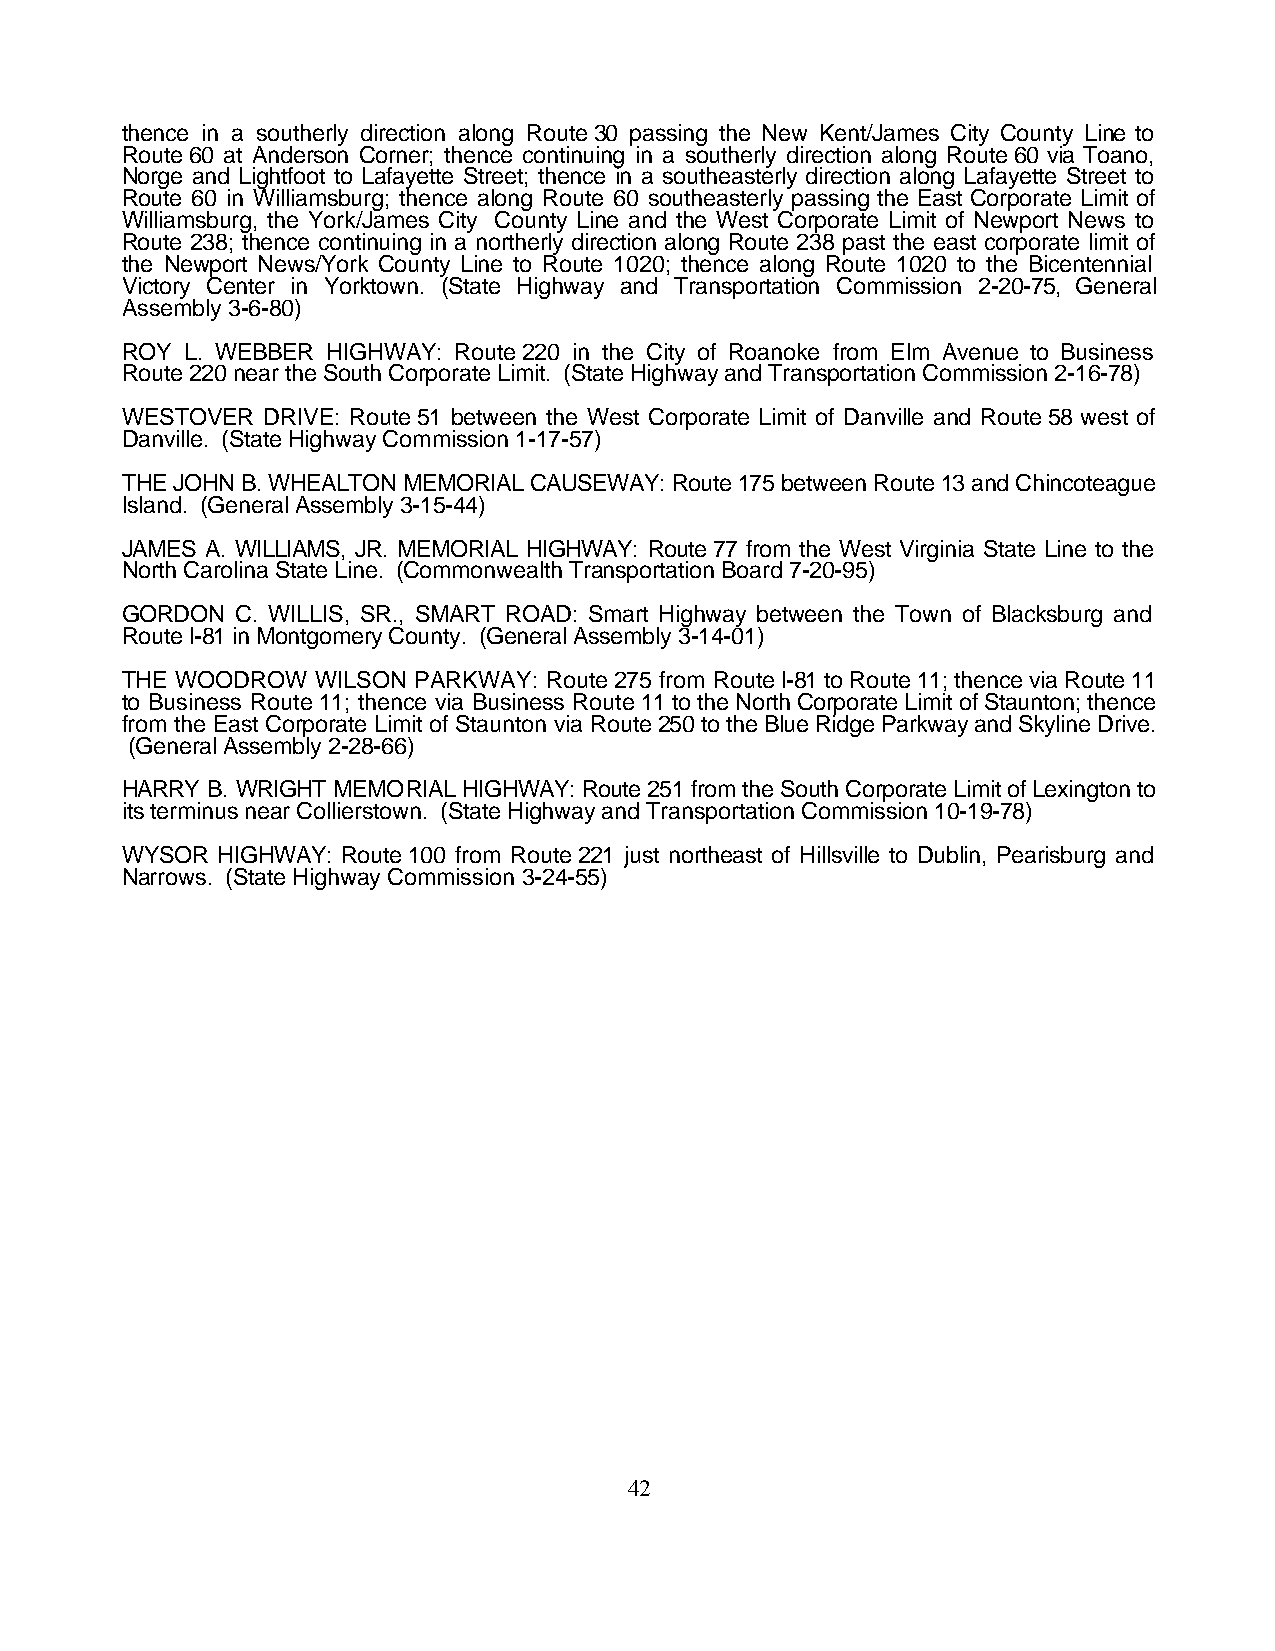
thence in a southerly direction along Route 30 passing the New Kent/James City County Line to
 Route 60 at Anderson Corner; thence continuing in a southerly direction along Route 60 via Toano,
 Norge and Lightfoot to Lafayette Street; thence in a southeasterly direction along Lafayette Street to
 Route 60 in Williamsburg; thence along Route 60 southeasterly passing the East Corporate Limit of
 Williamsburg, the York/James City County Line and the West Corporate Limit of Newport News to
 Route 238; thence continuing in a northerly direction along Route 238 past the east corporate limit of
 the Newport News/York County Line to Route 1020; thence along Route 1020 to the Bicentennial
 Victory Center in Yorktown. (State Highway and Transportation Commission 2-20-75, General
 Assembly 3-6-80)
 ROY L. WEBBER HIGHWAY: Route 220 in the City of Roanoke from Elm Avenue to Business
 Route 220 near the South Corporate Limit. (State Highway and Transportation Commission 2-16-78)
 WESTOVER DRIVE: Route 51 between the West Corporate Limit of Danville and Route 58 west of
 Danville. (State Highway Commission 1-17-57)
 THE JOHN B. WHEALTON MEMORIAL CAUSEWAY: Route 175 between Route 13 and Chincoteague
 Island. (General Assembly 3-15-44)
 JAMES A. WILLIAMS, JR. MEMORIAL HIGHWAY: Route 77 from the West Virginia State Line to the
 North Carolina State Line. (Commonwealth Transportation Board 7-20-95)
 GORDON  C. WILLIS, SR., SMART ROAD: Smart Highway between the Town of Blacksburg and
 Route I-81 in Montgomery County. (General Assembly 3-14-01)
 THE WOODROW  WILSON PARKWAY: Route 275 from Route I-81 to Route 11; thence via Route 11
 to Business Route 11; thence via Business Route 11 to the North Corporate Limit of Staunton; thence
 from the East Corporate Limit of Staunton via Route 250 to the Blue Ridge Parkway and Skyline Drive.
 (General Assembly 2-28-66)
 HARRY B. WRIGHT MEMORIAL HIGHWAY: Route 251 from the South Corporate Limit of Lexington to
 its terminus near Collierstown. (State Highway and Transportation Commission 10-19-78)
 WYSOR HIGHWAY: Route 100 from Route 221 just northeast of Hillsville to Dublin, Pearisburg and
 Narrows. (State Highway Commission 3-24-55)
 42